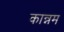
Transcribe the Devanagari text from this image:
कान्नम